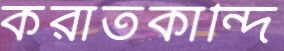
করাতকান্দি